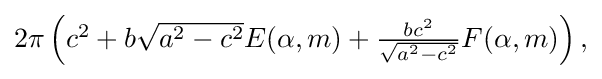
{\textstyle 2\pi \left(c^{2}+b{\sqrt {a^{2}-c^{2}}}E(\alpha ,m)+{\frac {bc^{2}}{\sqrt {a^{2}-c^{2}}}}F(\alpha ,m)\right),}